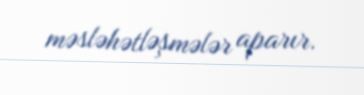
məsləhətləşmələr aparır.